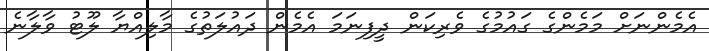
އެމެންނަށް މަމެންގެ ގައުމުގެ ވެރިކަން ދީފިނަމަ އެެމެން ދައުލަތުގެ މާލިއްޔާ ލޫޓު ވާލާނެ